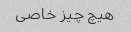
هیچ چیز خاصی